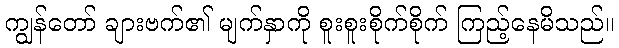
ကျွန်တော် ချားဗက်၏ မျက်နှာကို စူးစူးစိုက်စိုက် ကြည့်နေမိသည်။